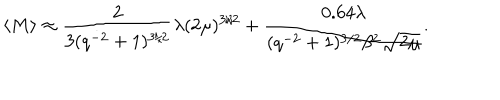
LaTeX: \langle M \rangle \approx \frac { 2 } { 3 ( q ^ { - 2 } + 1 ) ^ { 3 / 2 } } \lambda ( 2 \mu ) ^ { 3 / 2 } + \frac { 0 . 6 4 \lambda } { ( q ^ { - 2 } + 1 ) ^ { 3 / 2 } \beta ^ { 2 } \sqrt { 2 \mu } } .